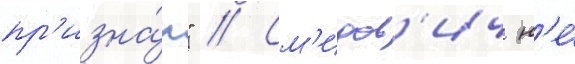
пр'изна́л" // См'идов'ич н'е́